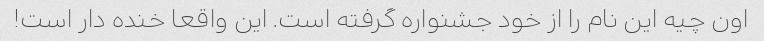
اون چیه این نام را از خود جشنواره گرفته است. این واقعا خنده دار است!